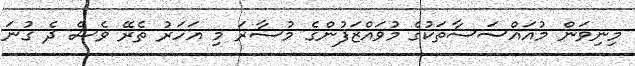
މިނިވަން މުއައްސަސާތަކުގެ މުވައްޒަފުންގެ މުސާރަ މި އަހަރު ތެރޭ ވެސް ދެ ގުނަ